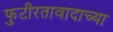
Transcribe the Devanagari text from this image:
फुटीरतावादाच्या